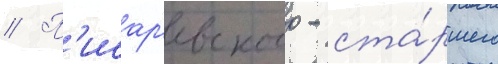
// П'исар'евского - ста́ршего